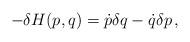
LaTeX: \begin{align*} - \delta H(p,q) = \dot{p} \delta q - \dot{q} \delta p \, ,\end{align*}